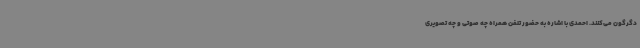
دگرگون می‌کنند. احمدی با اشاره به حضور تلفن همراه چه صوتی و چه تصویری